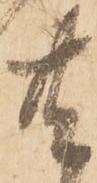
共